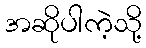
အဆိုပါကဲ့သို့